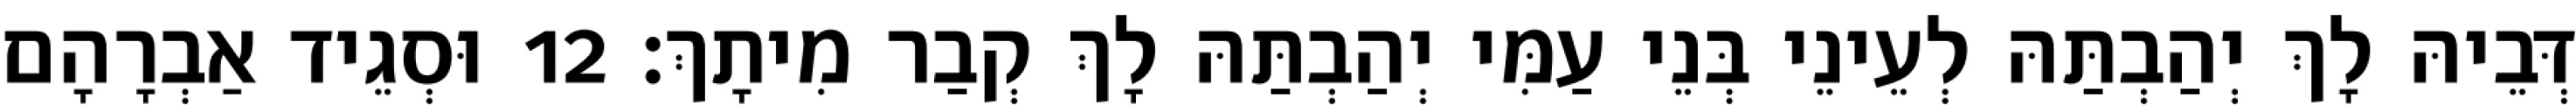
דְּבֵיהּ לָךְ יְהַבְתַּהּ לְעֵינֵי בְּנֵי עַמִּי יְהַבְתַּהּ לָךְ קְבַר מִיתָךְ׃ 12 וּסְגֵיד אַבְרָהָם